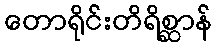
တောရိုင်းတိရိစ္ဆာန်